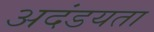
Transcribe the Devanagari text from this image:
अदंडयता